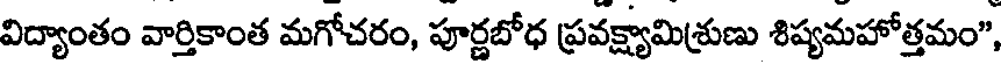
విద్యాంతం వార్తికాంత మగోచరం, పూర్ణబోధ ప్రవక్ష్యామిశ్రుణు శిష్యమహోత్తమం",